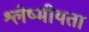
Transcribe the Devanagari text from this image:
श्लेष्मीयता